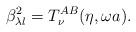
LaTeX: \begin{align*}\beta _{\lambda l}^2=T_\nu ^{AB}(\eta ,\omega a).\end{align*}